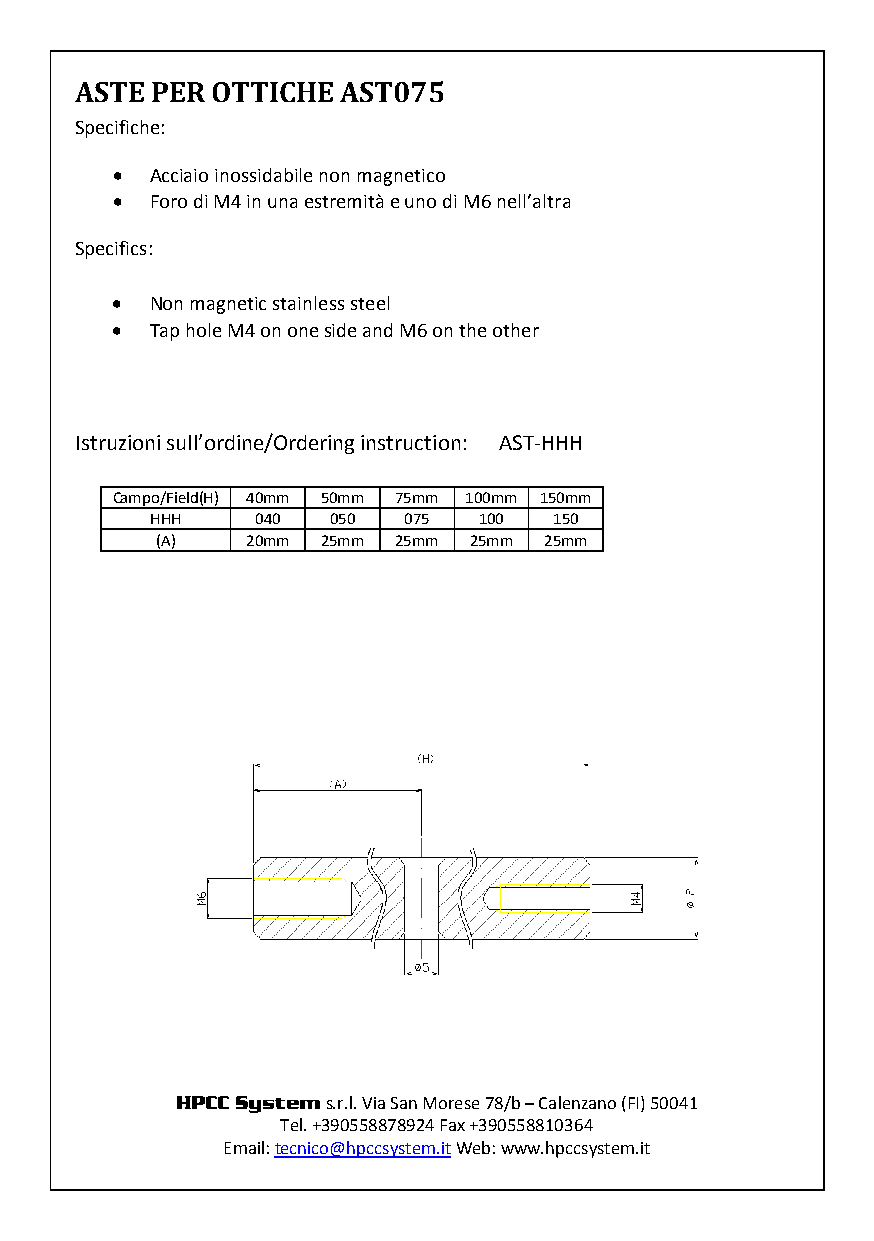
ASTE PER OTTICHE  AST075
 Specifiche:
 •  Acciaio inossidabile non magnetico
 •  Foro di M4 in una estremità e uno di M6 nell’altra
 Specifics:
 •  Non magnetic stainless steel
 •  Tap hole M4 on one side and M6 on the other
 Istruzioni sull’ordine/Ordering instruction: AST-HHH
 Campo/Field(H) 40mm 50mm 75mm 100mm 150mm
 HHH    040  050  075  100  150
 (A)   20mm 25mm 25mm 25mm 25mm
 HPCC System s.r.l. Via San Morese 78/b – Calenzano (FI) 50041
 Tel. +390558878924 Fax +390558810364
 Email: tecnico@hpccsystem.it Web: www.hpccsystem.it